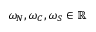
\omega _ { N } , \omega _ { C } , \omega _ { S } \in \mathbb { R }